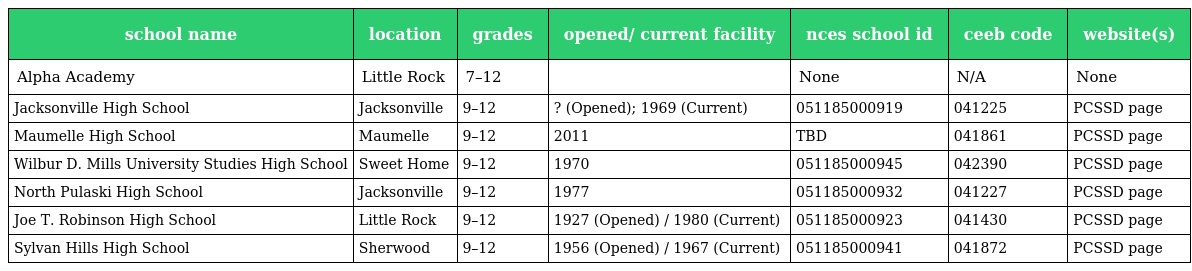
| school name | location | grades | opened/ current facility | nces school id | ceeb code | website(s) |
 | --- | --- | --- | --- | --- | --- | --- |
 | Alpha Academy | Little Rock | 7–12 |  | None | N/A | None |
 | Jacksonville High School | Jacksonville | 9–12 | ? (Opened); 1969 (Current) | 051185000919 | 041225 | PCSSD page |
 | Maumelle High School | Maumelle | 9–12 | 2011 | TBD | 041861 | PCSSD page |
 | Wilbur D. Mills University Studies High School | Sweet Home | 9–12 | 1970 | 051185000945 | 042390 | PCSSD page |
 | North Pulaski High School | Jacksonville | 9–12 | 1977 | 051185000932 | 041227 | PCSSD page |
 | Joe T. Robinson High School | Little Rock | 9–12 | 1927 (Opened) / 1980 (Current) | 051185000923 | 041430 | PCSSD page |
 | Sylvan Hills High School | Sherwood | 9–12 | 1956 (Opened) / 1967 (Current) | 051185000941 | 041872 | PCSSD page |